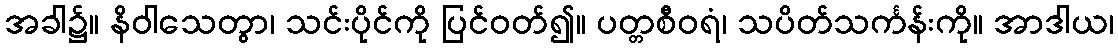
အခါ၌။ နိဝါသေတွာ၊ သင်းပိုင်ကို ပြင်ဝတ်၍။ ပတ္တစီဝရံ၊ သပိတ်သင်္ကန်းကို။ အာဒါယ၊